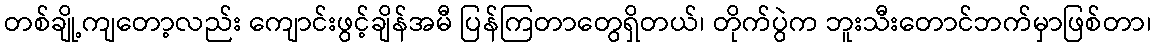
တစ်ချို့ကျတော့လည်း ကျောင်းဖွင့်ချိန်အမီ ပြန်ကြတာတွေရှိတယ်၊ တိုက်ပွဲက ဘူးသီးတောင်ဘက်မှာဖြစ်တာ၊